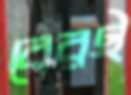
বেরই